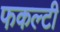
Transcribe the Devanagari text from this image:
फकल्टी